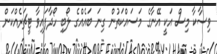
ވިސާކާ މިސް އަކީ އޭނާގެ މަސައްކަތުން ގިނަ ބައެއްގެ ލޯބި ހޯދާފައިވާ ޓީޗަރެއްކަން